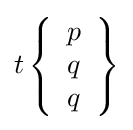
t\left\{{\begin{array}{l}p\\q\\q\end{array}}\right\}